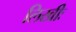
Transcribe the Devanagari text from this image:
लिखीः